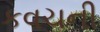
કવચની